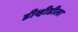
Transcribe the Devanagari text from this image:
डीव्हीडीला